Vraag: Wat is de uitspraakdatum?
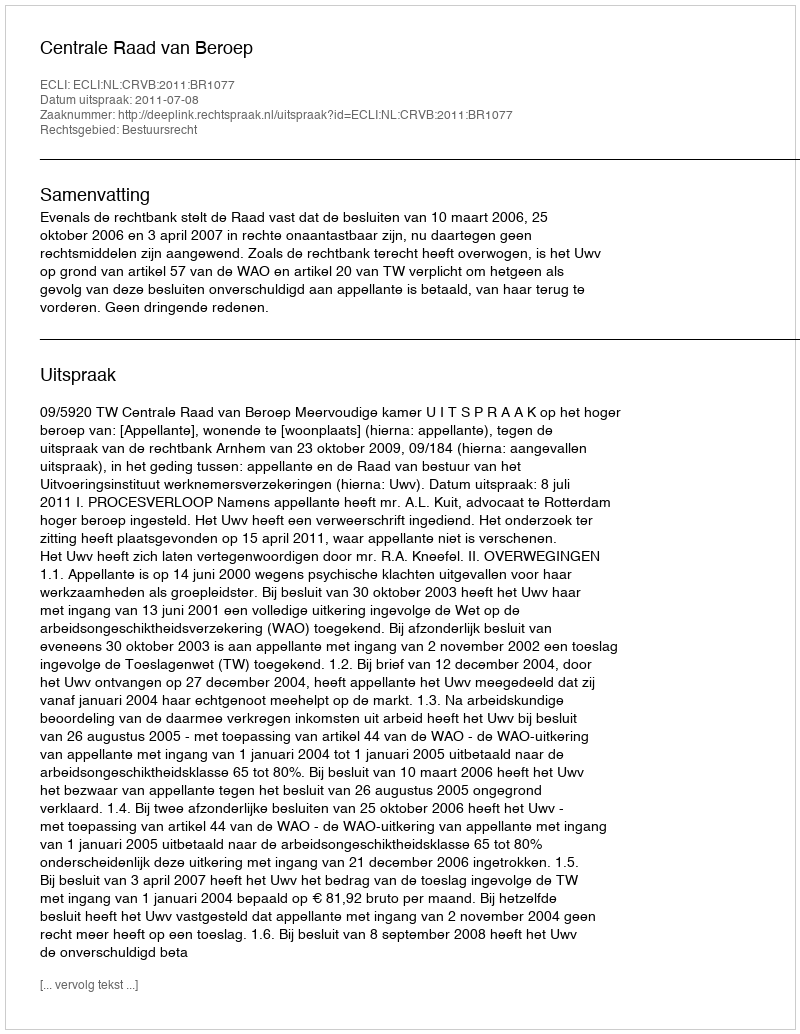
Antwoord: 2011-07-08